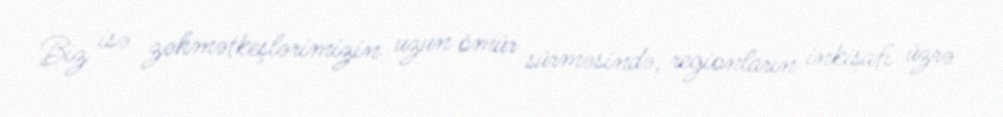
Biz isə zəhmətkeşlərimizin uzun ömür sürməsində, regionların inkişafı üzrə